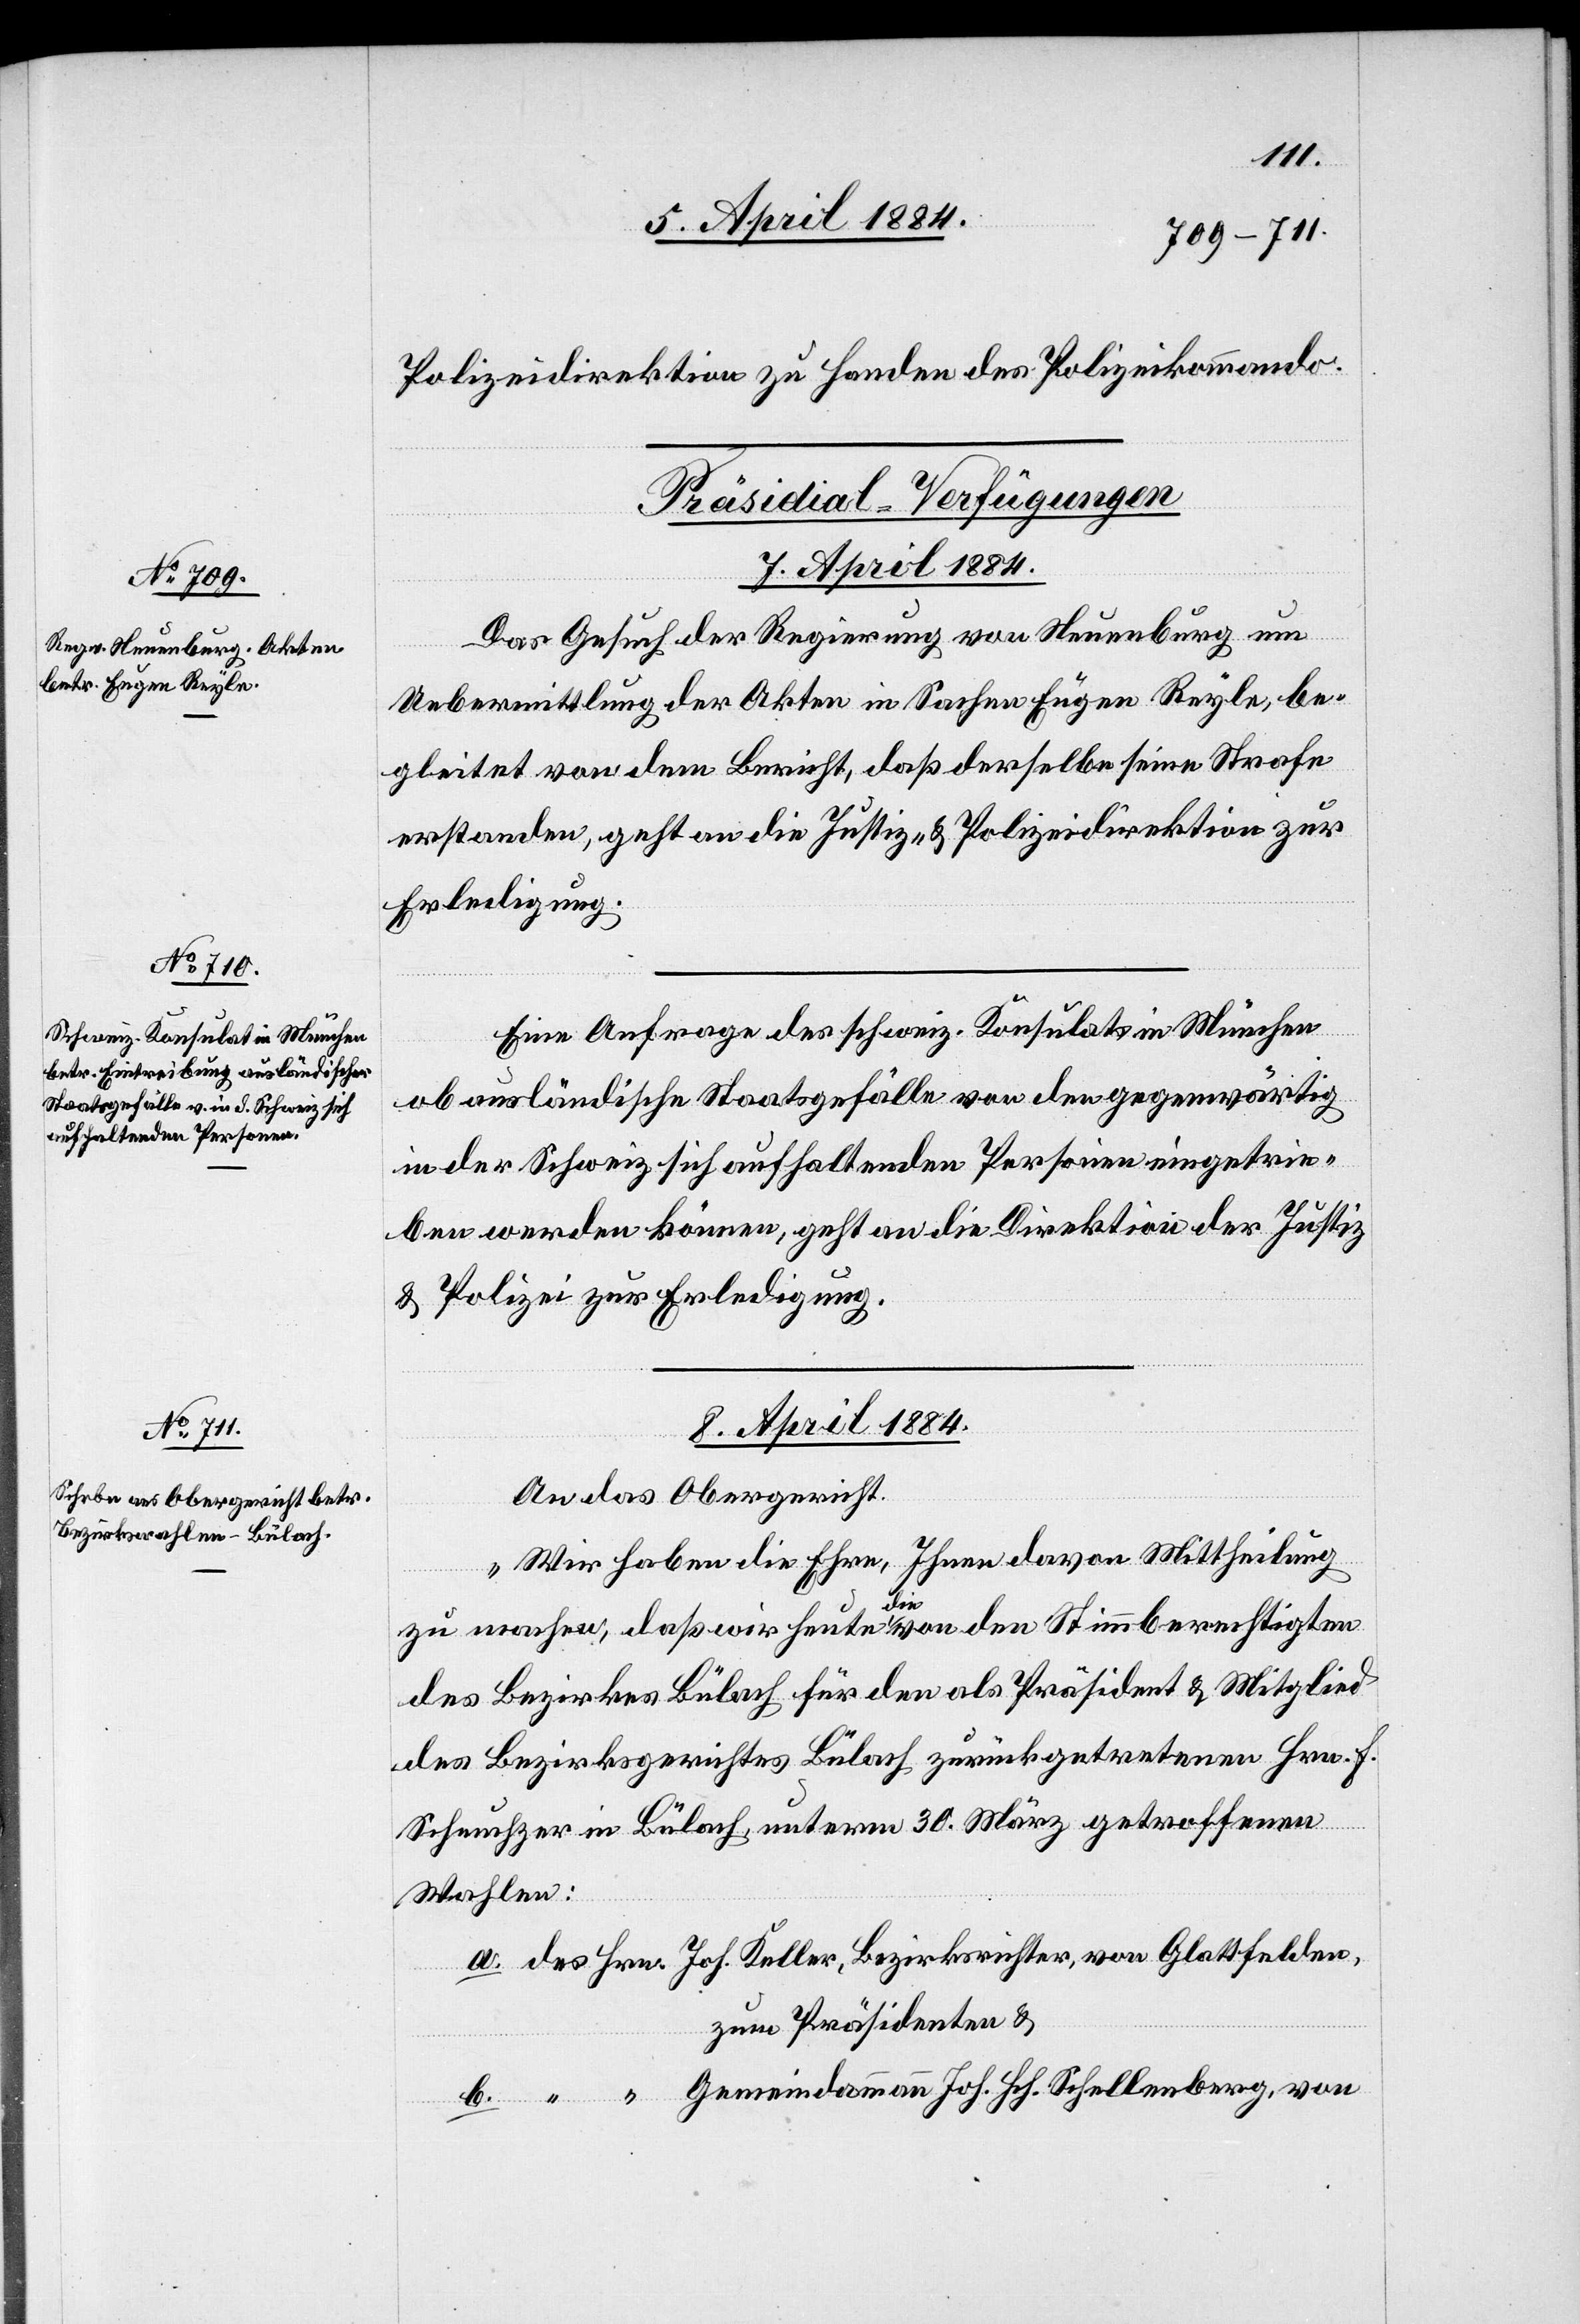
Polizeidirektion zu Handen des Polizeikommando.
[Präsidial-Verfügungen]
Das Gesuch der Regierung von Neuenburg um
Uebermittlung der Akten in Sachen Eugen Reyle, be¬
gleitet von dem Bericht, daß derselbe seine Strafe
erstanden, geht an die Justiz- & Polizeidirektion zur
Erledigung.
Eine Anfrage des schweiz. Konsulates in München
ob ausländische Staatsgefälle von den gegenwärtig
in der Schweiz sich aufhaltenden Personen eingetrie¬
ben werden können, geht an die Direktion der Justiz
& Polizei zur Erledigung.
8. April 1884.
An das Obergericht.
„Wir haben die Ehre, Ihnen davon Mittheilung
von
zu machen, daß wir heute die von den Stimmberechtigten
des Bezirkes Bülach für den als Präsident & Mitglied
des Bezirksgerichtes Bülach zurückgetretenen Hrn. F.
Scheuchzer in Bülach, unterm 30. März getroffenen
Wahlen:
ksric¬
zum Präsidenten &